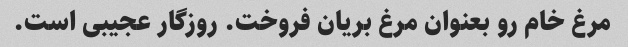
مرغ خام رو بعنوان مرغ بریان فروخت. روزگار عجیبی است.